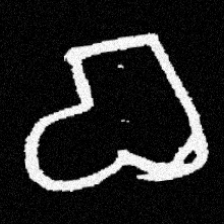
Pyu character \u2014 Myanmar letter: စ (romanized: ca)